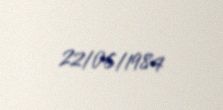
22/06/1984